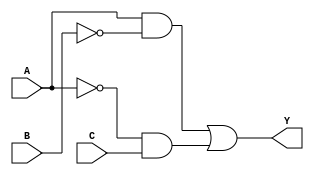
module multi_level_logic (
    input wire A,    // Input variable A
    input wire B,    // Input variable B
    input wire C,    // Input variable C
    output wire Y    // Output of the circuit
);

// Intermediate signals
wire not_A;        // NOT gate output for A
wire not_B;        // NOT gate output for B
wire and1_out;    // AND gate output
wire and2_out;    // AND gate output
wire or_out;      // OR gate output

// Step 1: Invert inputs A and B
not u1(not_A, A); // NOT gate for A
not u2(not_B, B); // NOT gate for B

// Step 2: First AND gate: A AND B'
and u3(and1_out, A, not_B); // AND gate (A AND NOT B)

// Step 3: Second AND gate: A' AND C
and u4(and2_out, not_A, C); // AND gate (NOT A AND C)

// Step 4: OR gate to combine outputs of the AND gates
or u5(Y, and1_out, and2_out); // OR gate (and1_out OR and2_out)

endmodule